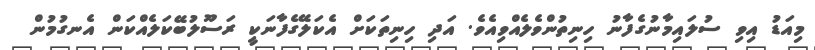
މިއަޑު އިވި ސުލައިމާނުގެފާނު ހިނިތުންވެލެއްވިއެވެ. އަދި ހިނިތަކަށް އެކަލޭގެފާނަކީ ރަސޫލުބޭކަލެއްކަން އެނގުމުން